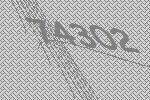
74302